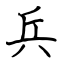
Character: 兵